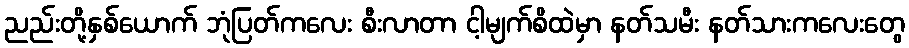
ညည်းတို့နှစ်ယောက် ဘုံပြတ်ကလေး စီးလာတာ ငါ့မျက်စိထဲမှာ နတ်သမီး နတ်သားကလေးတွေ